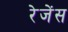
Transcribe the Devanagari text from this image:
रेजेंस